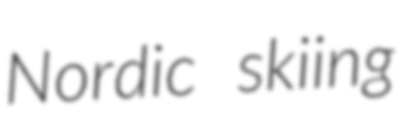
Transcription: Nordic skiing